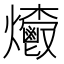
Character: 𤓄